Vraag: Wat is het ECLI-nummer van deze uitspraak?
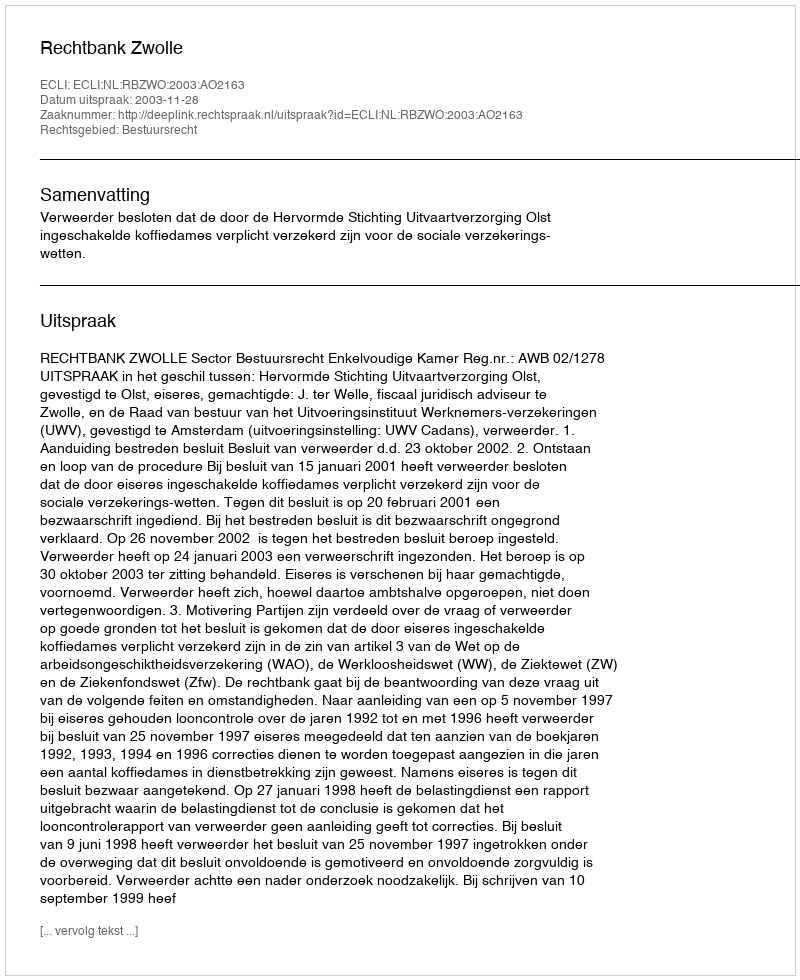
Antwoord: ECLI:NL:RBZWO:2003:AO2163